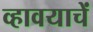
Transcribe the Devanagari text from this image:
व्हावयाचें